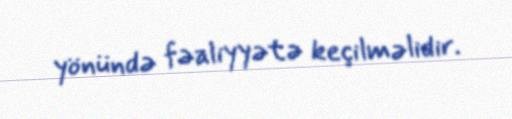
yönündə fəaliyyətə keçilməlidir.